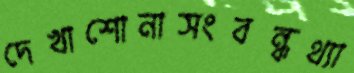
দেখাশোনাসংবন্ধথ্যা